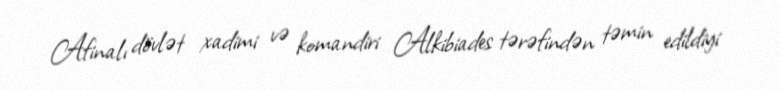
Afinalı dövlət xadimi və komandiri Alkibiades tərəfindən təmin edildiyi